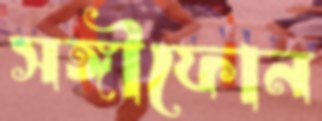
সঙ্গীফোন